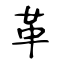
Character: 革